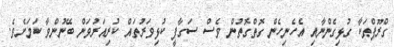
ގްރޫޕްތަކާ ގުޅިގެންނާއި އެހެނިހެން ގޮތްގޮތުން ވެސް ސަގާފީ ކުޅިވަރުތައް ކުރިއަރުވަން ބޭނުންވާ ކަމަށެވެ.